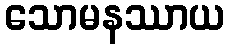
သောမနဿာယ